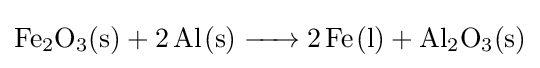
{\ce {Fe2O3(s) + 2 Al(s) -> 2 Fe(l) + Al2O3(s)}}